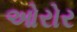
ઓરોર